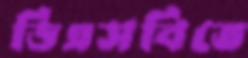
ডিএসবিতে